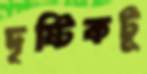
দৃষ্টিকটূ